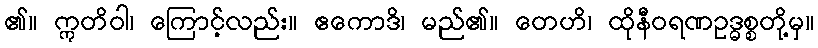
၏။ ဣတိဝါ၊ ကြောင့်လည်း။ ဧကောဒိ၊ မည်၏။ တေဟိ၊ ထိုနီဝရဏဥဒ္ဓစ္စတို့မှ။